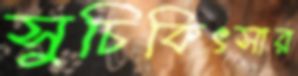
সুচিকিৎসার